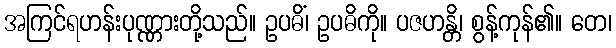
အကြင်ရဟန်းပုဏ္ဏားတို့သည်။ ဥပဓိံ၊ ဥပဓိကို။ ပဇဟန္တိ၊ စွန့်ကုန်၏။ တေ၊